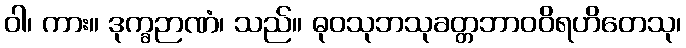
ဝါ၊ ကား။ ဒုက္ခဉာဏံ၊ သည်။ ဓုဝသုဘသုခတ္တဘာဝဝိရဟိတေသု၊